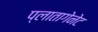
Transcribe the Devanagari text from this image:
प्लातागेनेट